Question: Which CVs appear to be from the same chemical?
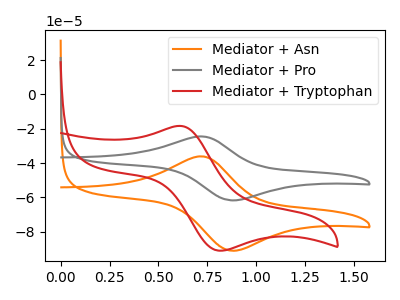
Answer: <think>The orange curve "Mediator + Asn" has an anodic peak at (0.70V, -36.10uA) and a cathodic peak at (0.90V, -91.10uA). The gray curve "Mediator + Pro" has an anodic peak at (0.70V, -24.45uA) and a cathodic peak at (0.90V, -61.75uA). The red curve "Mediator + Tryptophan" has an anodic peak at (0.60V, -18.35uA) and a cathodic peak at (0.80V, -91.05uA).
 All the peaks in "Mediator + Asn" have a peak in "Mediator + Pro" at the same potential. "Mediator + Asn" and "Mediator + Tryptophan" have at least one peak that do not match. "Mediator + Pro" and "Mediator + Tryptophan" have at least one peak that do not match.</think>
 <answer>"Mediator + Asn" and "Mediator + Pro" have the same shape and are likely CV's of the same chemical.</answer>
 <eval>"Mediator + Asn" "Mediator + Pro"</eval>